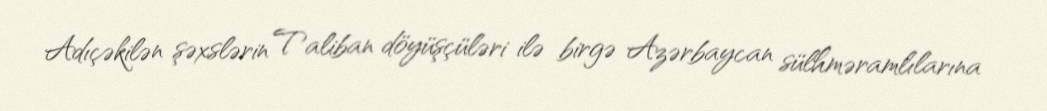
Adıçəkilən şəxslərin Taliban döyüşçüləri ilə birgə Azərbaycan sülhməramlılarına